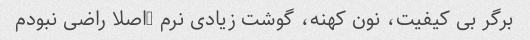
برگر بی کیفیت، نون کهنه، گوشت زیادی نرم …اصلا راضی نبودم